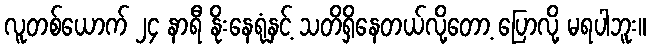
လူတစ်ယောက် ၂၄ နာရီ နိုးနေရုံနှင့် သတိရှိနေတယ်လို့တော့ ပြောလို့ မရပါဘူး။